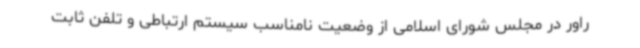
راور در مجلس شورای اسلامی از وضعیت نامناسب سیستم ارتباطی و تلفن ثابت